Scottish Leaving Certificate Examination, 1955
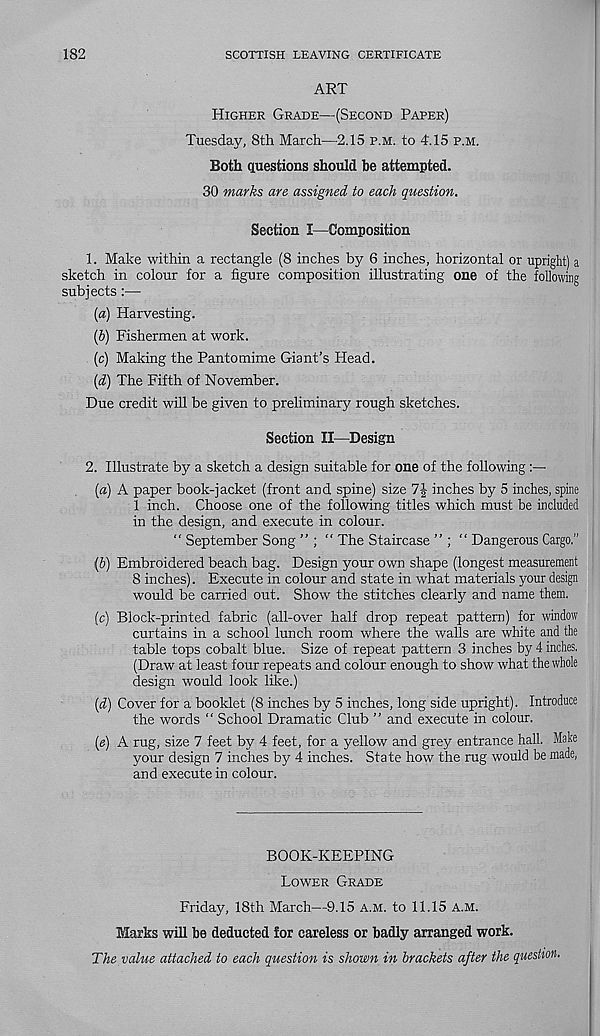
182
SCOTTISH LEAVING CERTIFICATE
ART
Higher Grade—(Second Paper)
Tuesday, 8th March—2.15 p.m. to 4\15 p.m.
Both questions should be attempted.
30 marks are assigned to each question.
Section I—Composition
1. Make within a rectangle (8 inches by 6 inches, horizontal or upright) a
sketch in colour for a figure composition illustrating one of the following
subjects :•—•
(а) Harvesting.
(б) Fishermen at work.
(c) Making the Pantomime Giant’s Head.
(d) The Fifth of November.
Due credit will be given to preliminary rough sketches.
Section II—Design
2. Illustrate by a sketch a design suitable for one of the following:—
(а) A paper book-jacket (front and spine) size 7J inches by 5 inches, spine
1 inch. Choose one of the following titles which must be included
in the design, and execute in colour.
“ September Song ” ; “ The Staircase ” ; “ Dangerous Cargo.”
(б) Embroidered beach bag. Design your own shape (longest measurement
8 inches). Execute in colour and state in what materials your design
would be carried out. Show the stitches clearly and name them.
(c) Block-printed fabric (all-over half drop repeat pattern) for window
curtains in a school lunch room where the walls are white and the
table tops cobalt blue. Size of repeat pattern 3 inches by 4 inches.
(Draw at least four repeats and colour enough to show what the whole
design would look like.)
[d) Cover for a booklet (8 inches by 5 inches, long side upright). Introduce
the words “ School Dramatic Club ” and execute in colour.
(<?) A rug, size 7 feet by 4 feet, for a yellow and grey entrance hall. Make
your design 7 inches by 4 inches. State how the rug would be made,
and execute in colour.
BOOK-KEEPING
Lower Grade
Friday, 18th March—-9.15 a.m. to 11.15 A.m.
Marks will be deducted for careless or badly arranged work.
The value attached to each question is shown in brackets after the question.